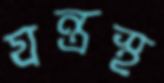
যন্ত্রস্থ